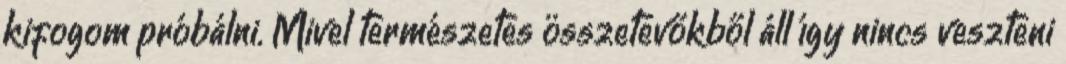
kifogom próbálni. Mivel természetes összetevőkből áll így nincs veszteni